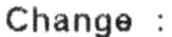
CHANGE :